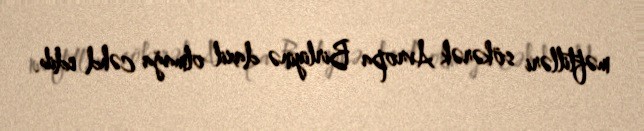
məftilləri sökərək Avropa Birliyinə daxil olmağa cəhd edib.